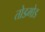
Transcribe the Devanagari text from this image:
तोडमोड